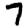
Digit: 7